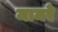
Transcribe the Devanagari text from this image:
मामरे